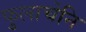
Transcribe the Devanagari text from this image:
फुलाचेनि